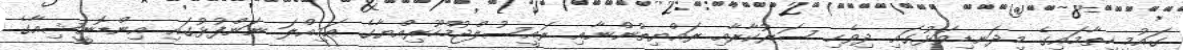
ގައުމީ ހިތާމައިގެ މިދަނޑިވަޅުގައި ދިވެހި ސަރުކާރާއި ރައްޔިތުންނާއި ރައީސުލްޖުމްހޫރިއްޔާގެ އަމިއްލަ ނަންފުޅުގައި އިންޑޮނީޝިއާގެ